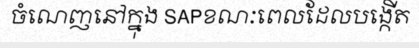
ចំណេញនៅក្នុង SAPខណៈពេលដែលបង្កើត